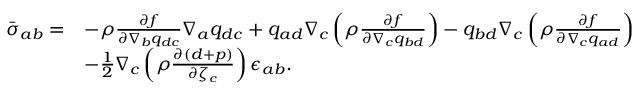
\begin{array} { r l } { \bar { \sigma } _ { a b } = } & { - \rho \frac { \partial f } { \partial \nabla _ { b } q _ { d c } } \nabla _ { a } q _ { d c } + q _ { a d } \nabla _ { c } \left( \rho \frac { \partial f } { \partial \nabla _ { c } { q } _ { b d } } \right) - q _ { b d } \nabla _ { c } \left( \rho \frac { \partial f } { \partial \nabla _ { c } { q } _ { a d } } \right) } \\ & { - \frac { 1 } { 2 } \nabla _ { c } \left( \rho \frac { \partial ( d + p ) } { \partial \zeta _ { c } } \right) \epsilon _ { a b } . } \end{array}